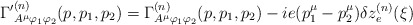
\begin{align*}{\Gamma '} _{A^\mu \varphi_1 \varphi_2 }^{(n)}(p, p_1 , p_2 ) = \Gamma^{(n)} _{A^\mu \varphi_1 \varphi_2 }(p, p_1 , p_2 ) - i e (p_1^\mu - p_2 ^\mu ) \delta z_e ^{(n)}(\xi)\end{align*}